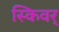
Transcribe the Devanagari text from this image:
स्किवर्